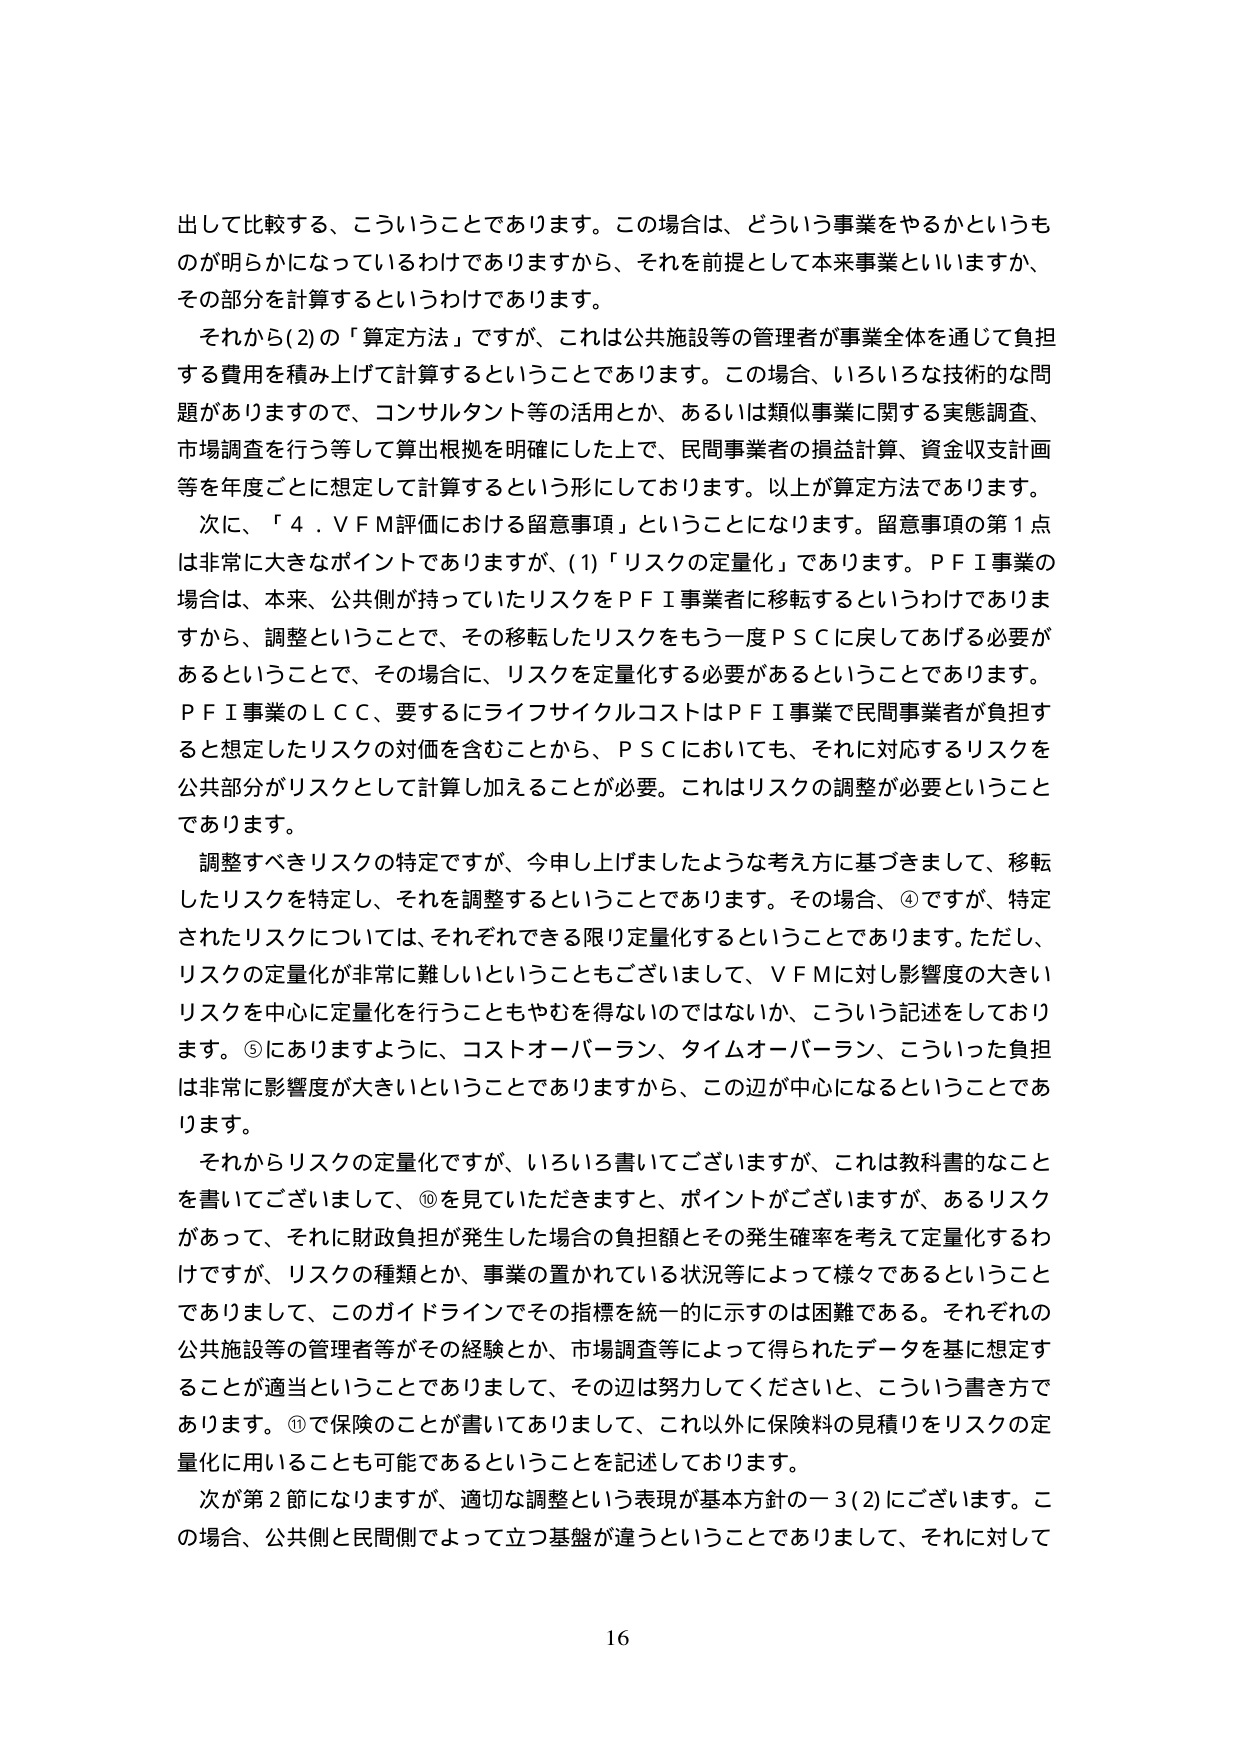
出して比較する、こういうことであります。この場合は、どういう事業をやるかというものが明らかになっているわけでありますから、それを前提として本来事業といいますか、その部分を計算するというわけであります。

それから(2)の「算定方法」ですが、これは公共施設等の管理者が事業全体を通じて負担する費用を積み上げて計算するということであります。この場合、いろいろな技術的な問題がありますので、コンサルタント等の活用とか、あるいは類似事業に関する実態調査、市場調査を行う等して算出根拠を明確にした上で、民間事業者の損益計算、資金収支計画等を年度ごとに想定して計算するという形にしております。以上が算定方法であります。

次に、「４．ＶＦＭ評価における留意事項」ということになります。留意事項の第１点は非常に大きなポイントでありますが、(1)「リスクの定量化」であります。ＰＦＩ事業の場合は、本来、公共側が持っていたリスクをＰＦＩ事業者に移転するというわけでありますから、調整ということで、その移転したリスクをもう一度ＰＳＣに戻してあげる必要があるということで、その場合に、リスクを定量化する必要があるということです。ＰＦＩ事業のＬＣＣ、要するにライフサイクルコストはＰＦＩ事業で民間事業者が負担すると想定したリスクの対価を含むことから、ＰＳＣにおいても、それに対応するリスクを公共部分がリスクとして計算し加えることが必要。これはリスクの調整が必要ということであります。

調整すべきリスクの特定ですが、今申し上げましたような考え方に基づきまして、移転したリスクを特定し、それを調整するということであります。その場合、④ですが、特定されたリスクについては、それぞれできる限り定量化するということです。ただし、リスクの定量化が非常に難しいということもございまして、ＶＦＭに対し影響度の大きいリスクを中心に定量化を行うこともやむを得ないのではないか、こういう記述をしております。⑤にありますように、コストオーバーラン、タイムオーバーラン、こういった負担は非常に影響度が大きいということでありますから、この辺が中心になるということであります。

それからリスクの定量化ですが、いろいろ書いてございますが、これは教科書的なことを書いてございまして、⑩を見ていただきますと、ポイントがございますが、あるリスクがあって、それに財政負担が発生した場合の負担額とその発生確率を考えて定量化するわけですが、リスクの種類とか、事業の置かれている状況等によって様々であるということでありますして、このガイドラインでその指標を統一的に示すのは困難である。それぞれの公共施設等の管理者等がその経験とか、市場調査等によって得られたデータを基に想定することが適当ということでありますして、その辺は努力してくださいと、こういう書き方であります。⑪で保険のことが書いてありまして、これ以外に保険料の見積りをリスクの定量化に用いることも可能であるということを記述しております。

次が第２節になりますが、適切な調整という表現が基本方針の一３(2)にございます。この場合、公共側と民間側でよって立つ基盤が違うということでありますして、それに対して

16